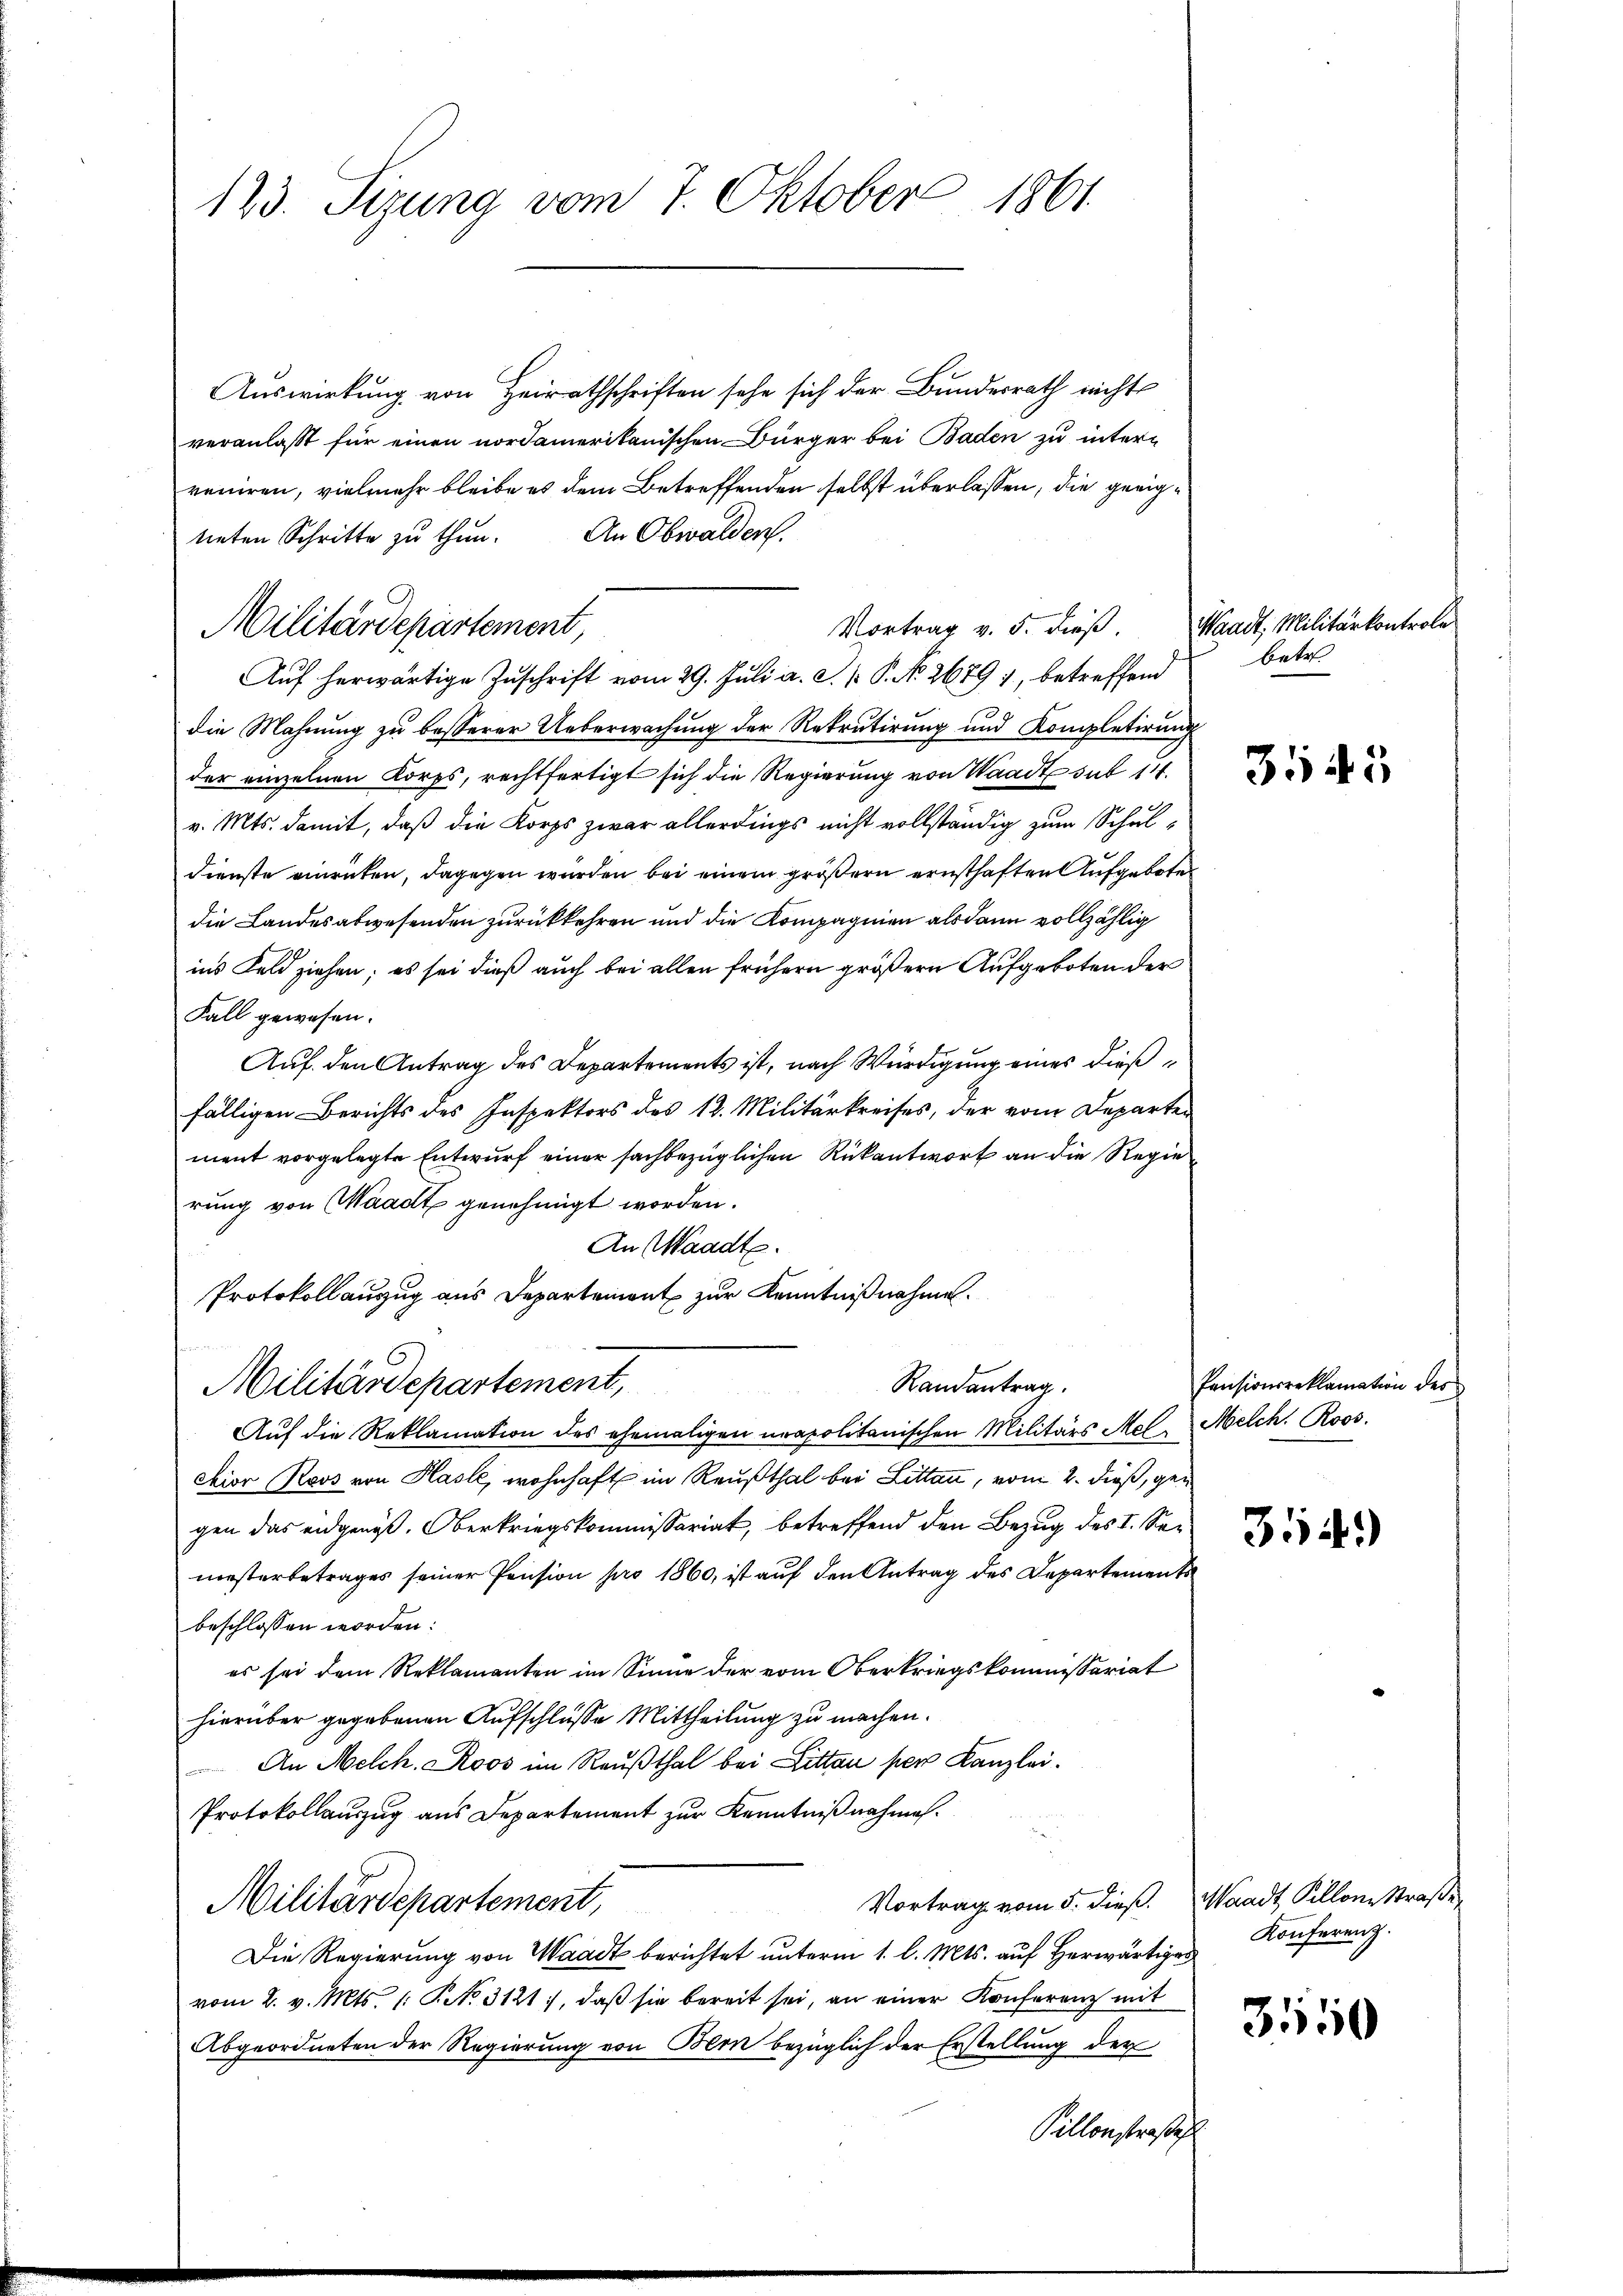
123. Sizung vom 7. Oktober 1861.

Auswirkung von Heirathschriften sehe sich der Bundesrath nicht
veranlaßt für einen nordamerikanischen Bürger bei Baden zu intern
reniren, vielmehr bleibe es dem Betreffenden selbst überlassen, die geeig¬
An Obwalden.
neten Schritte zu thun.
Auf herwärtige Zuschrift vom 29. Juli a. c. 1 P. No. 2679), betreffend
die Mahnung zu besserer Ueberwachung der Rekrutirung und Kompletirung
der einzelnen Korps, rechtfertigt sich die Regierung von Waadt sub 114
v. Mts. damit, daß die Korps zwar allerdings nicht vollständig zum Schul¬
Dienste einrüken, dagegen wurden bei einem größern ernsthaften Aufgebote
die Landesabwesenden zurückkehren und die Kompagnien als dann vollzählig
ins Feld ziehen; es sei dieß auch bei allen frühern größern Aufgeboten der
Fall gewesen.
Auf den Antrag des Departements ist, nach Würdigung eines dießfälligen Berichts des Inspektors des 12. Militärkreises, der vom Departen
ment vorgelegte Entwurf einer sachbezüglichen Rükantwort an die Regie
rung von Waadt genehmigt worden.
An Waadt.
Protokollauszug aus Departement zur Kenntnißnahme.
Randantrag.
Militärdepartement,
Auf die Reklamation des ehemaligen neapolitanischen Militärs Mel. Melch. Roos.
etior Roos von Hasle, wohnhaft im Reußthal bei Litten, vom 2. dieß, gegen das eidgenöß. Oberkriegskommissariat, betreffend den Bezug des I. Semesterbetrages seiner Pension pro 1860, ist auf den Antrag des Departement
beschlossen worden:
es sei dem Reklamanten im Sinne der vom Oberkriegskommissariat
hierüber gegebenen Aufschlüsse Mittheilung zu machen.
An Melch. Roos im Reußthal bei Litten per Kanzlei.
Protokollauszug aus Departement zur Kenntnißnahmen.
Vortrag vom 5. dieß. Waadt, Sillone Straße
Militärdepartement,
Die Regierŭng von Waadt berichtet ŭnterm 1. l. Mts. aŭf herwärtiger Konferenz.
vom 2. v. Mts. 1. P. No 3121), daβ sie bereit sei, an einer Konferenz mit
Abgeordneten der Regierung von Bern bezüglich der Erstellung der
Pillonstraße

Militärdepartement

Vortrag v. 5. dieß.

Waadt, Militärkontrole
betr.

3545

Pensionsreklamation des

314)

3550